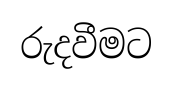
රුදවීමට